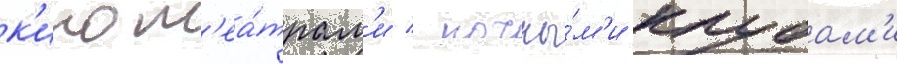
к'инот'еа́трам'и / ночны́м'и клубам'и